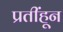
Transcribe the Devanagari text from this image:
प्रतींहून